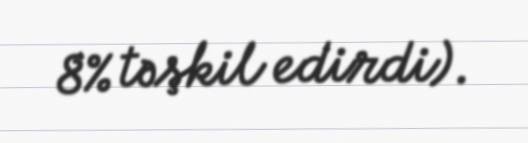
8% təşkil edirdi).